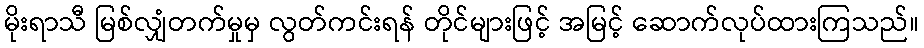
မိုးရာသီ မြစ်လျှံတက်မှုမှ လွတ်ကင်းရန် တိုင်များဖြင့် အမြင့် ဆောက်လုပ်ထားကြသည်။